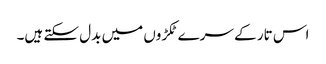
اس تار کے سرے ٹکڑوں میں بدل سکتے ہیں۔